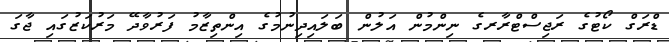
ޑްރަގް ކޯޓުގެ ރަޖިސްޓްރާރގެ ނިންމުން އަލުން ބަލައިދިނުމުގެ އިންތިޒާމު ފަރުވާދޭ މަރުކަޒުގައި ޖާގަ